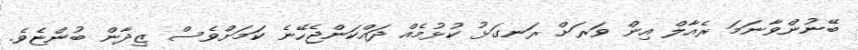
ބޭނުންވާނަމަ ރެއާލް އިން ވަރަށް ރަނގަޅު ކުޅުމެއް ދައްކަންޖެހޭނެ ކަމަށްވެސް ޒިދާން ބުންޏެވެ.